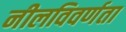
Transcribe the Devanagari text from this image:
नीलविवर्णता